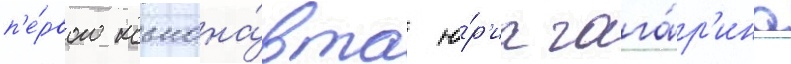
п'е́рвого космона́вта ю́р'иа гага́р'ина